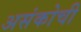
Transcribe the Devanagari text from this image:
असंकोची